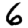
Digit: 6